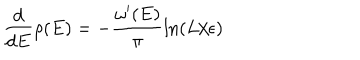
LaTeX: { \frac { d } { d E } } \rho ( E ) = - { \frac { \omega ^ { \prime } ( E ) } { \pi } } \mathrm { l n } ( L / \epsilon )